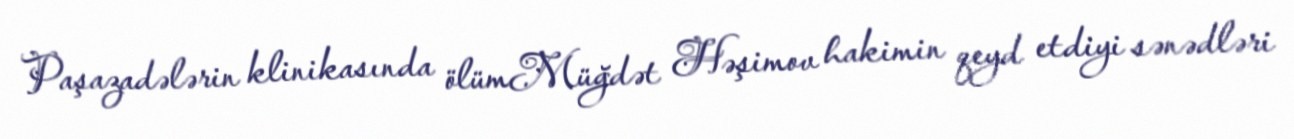
Paşazadələrin klinikasında ölümMüğdət Həşimov hakimin qeyd etdiyi sənədləri